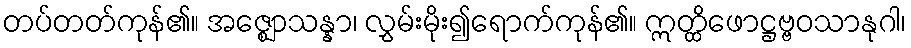
တပ်တတ်ကုန်၏။ အဇ္ဈောသန္နာ၊ လွှမ်းမိုး၍ရောက်ကုန်၏။ ဣတ္ထိဖောဋ္ဌဗ္ဗဝသာနုဂါ၊